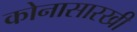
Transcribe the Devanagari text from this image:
कोनासारखी